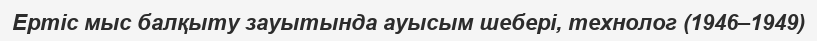
Ертіс мыс балқыту зауытында ауысым шебері, технолог (1946–1949)